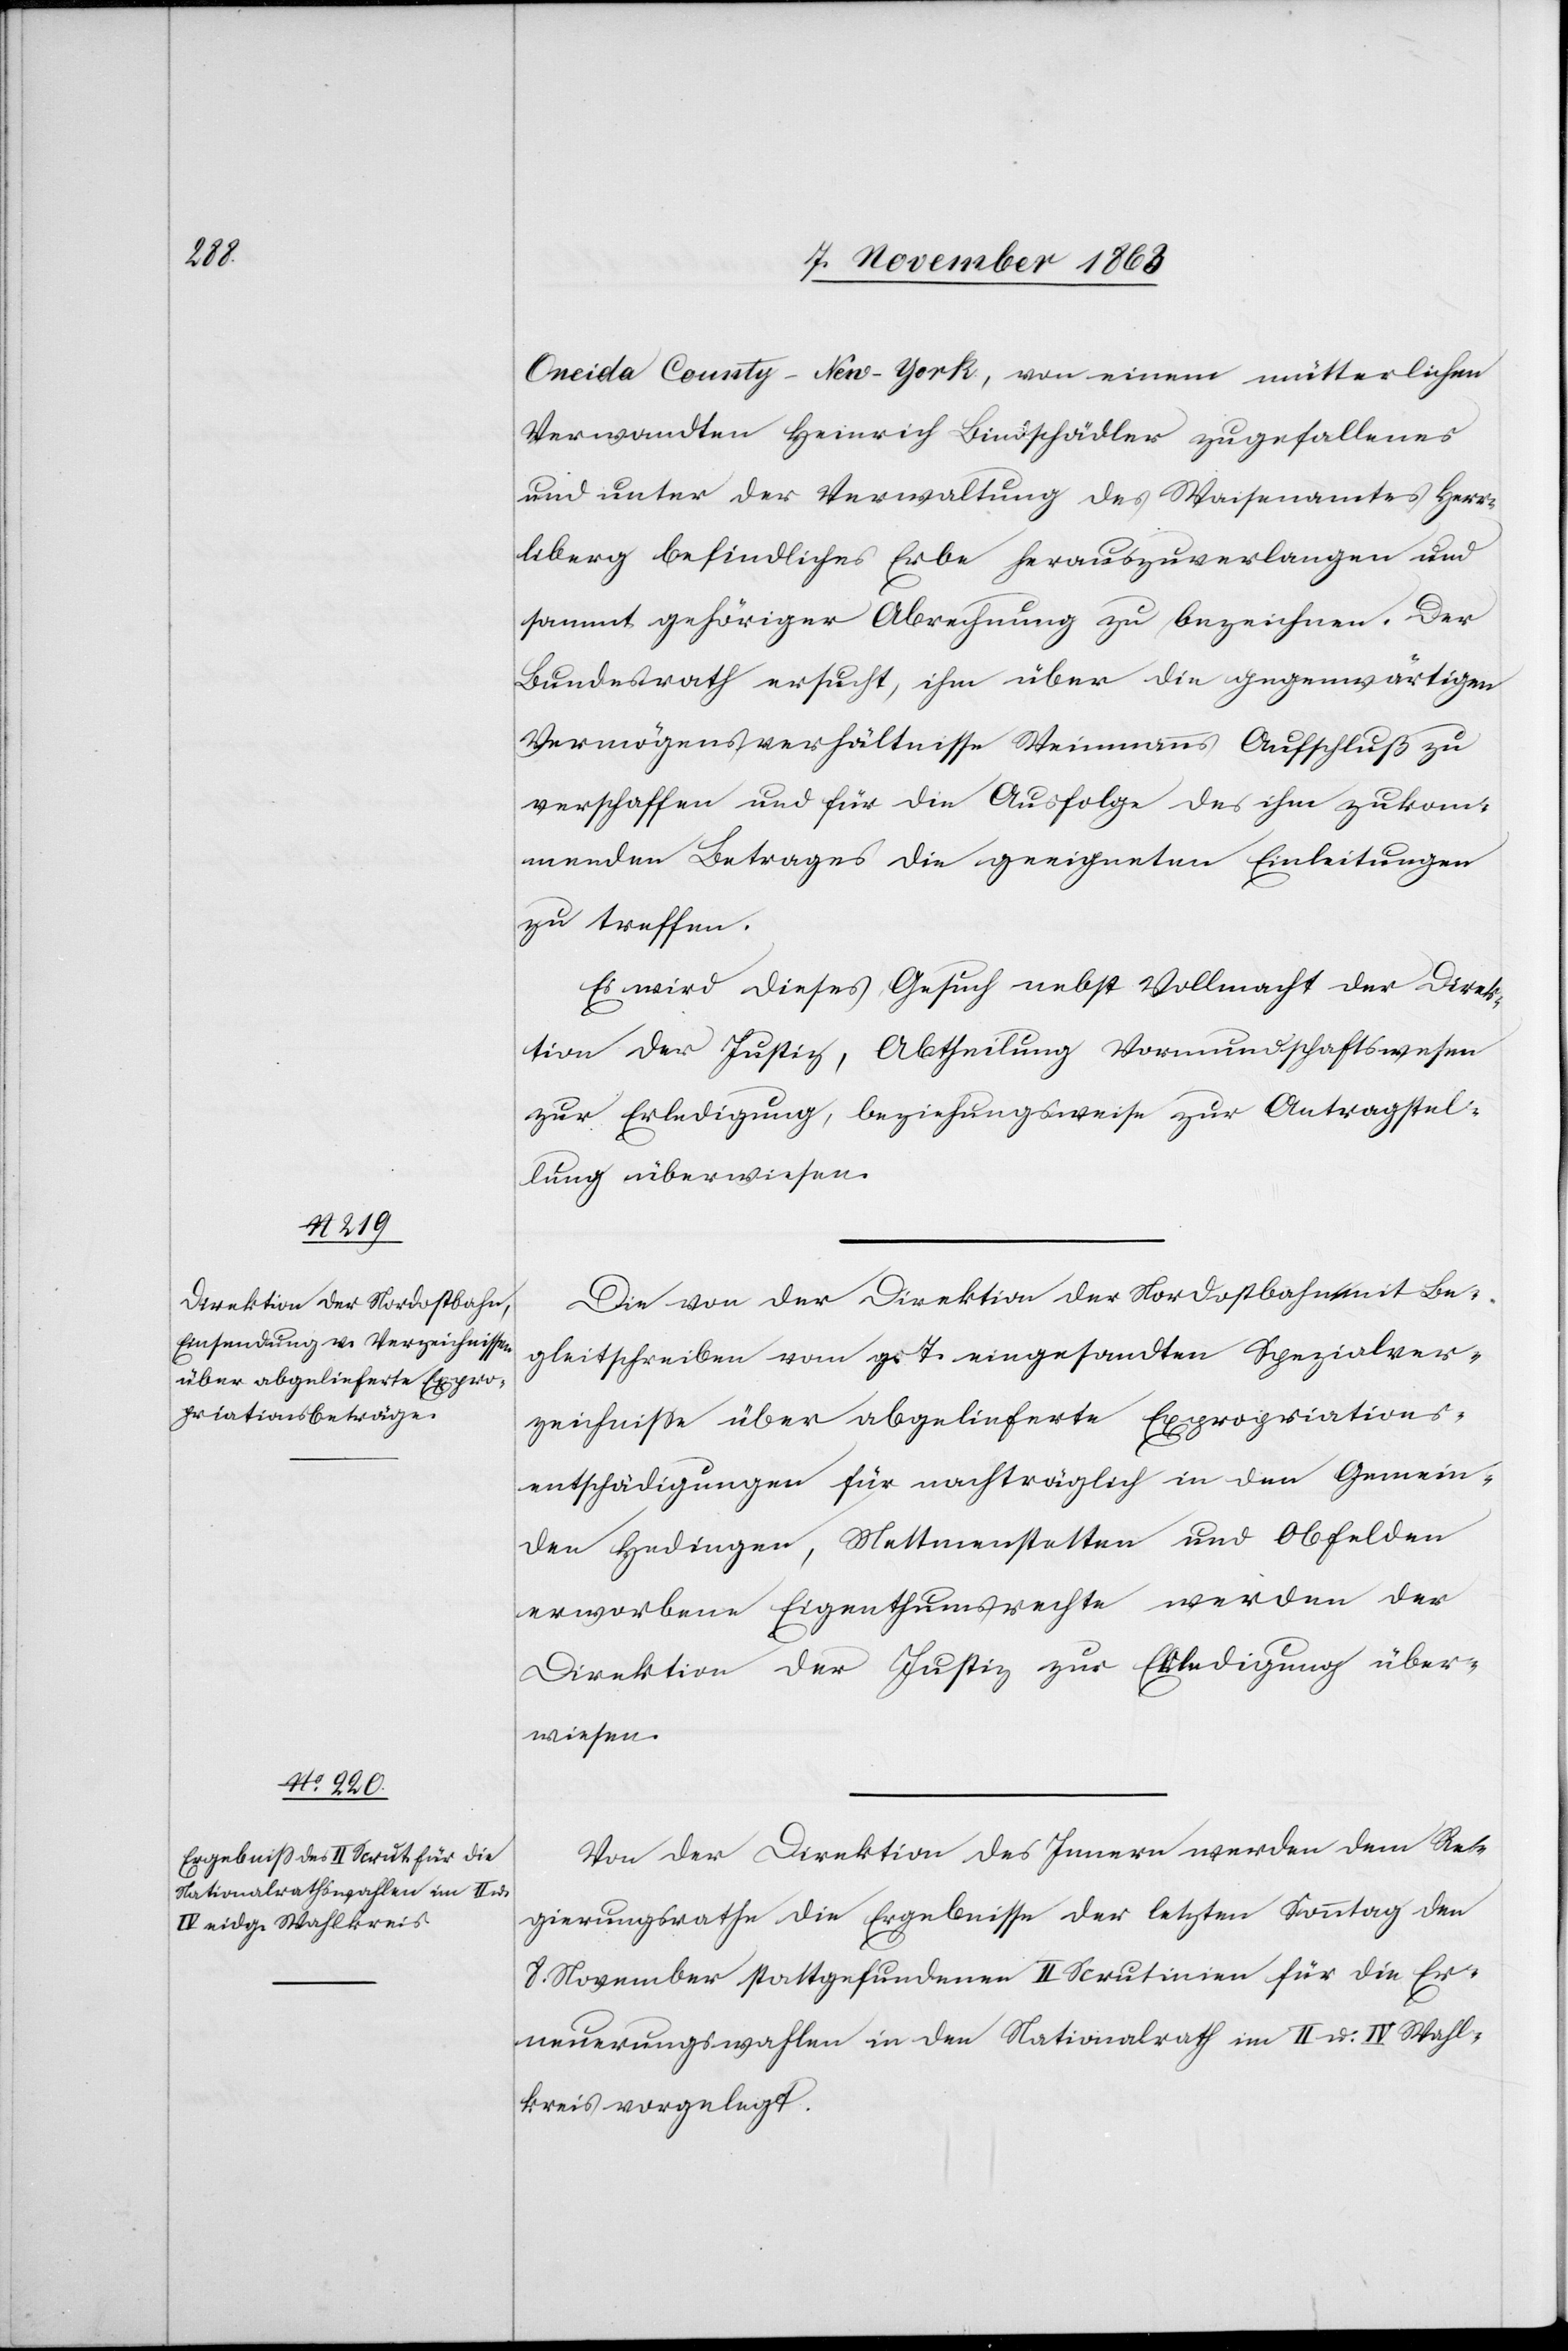
1863.]

11.

Oneida County-New-York, von einem mütterlichen
Verwandten Heinrich Bindschädler zugefallenes
und unter der Verwaltung des Waisenamtes Herr¬
liberg befindliches Erbe herauszuverlangen und
sammt gehöriger Abrechnung zu bezeichnen. Der
Bundesrath ersucht, ihm über die gegenwärtigen
Vermögensverhältnisse Weinmanns Aufschluß zu
verschaffen und für die Ausfolge des ihm zukom¬
menden Betrages die geeigneten Einleitungen
zu treffen.
Es wird dieses Gesuch nebst Vollmacht der Direk¬
tion der Justiz, Abtheilung Vormundschaftswesen
zur Erledigung, beziehungsweise zur Antragstel¬
lung überwiesen.
Die von der Direktion der Nordostbahn mit Be¬
gleitschreiben vom g. T. eingesandten Spezialver¬
zeichnisse über abgelieferte Expropriations¬
entschädigungen für nachträglich in den Gemein¬
den Hedingen, Mettmenstetten und Obfelden
erworbene Eigenthumsrechte werden der
Direktion der Justiz zur Erledigung über¬
wiesen.
Von der Direktion des Innern werden dem Re¬
gierungsrathe die Ergebnisse der letzten Sonntag den
8. November stattgefundenen II Scrutinien für die Er¬
neuerungswahlen in den Nationalrath im II u. IV Wahl¬
kreis vorgelegt.